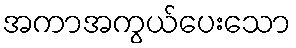
အကာအကွယ်ပေးသော